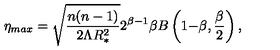
\eta _ { m a x } = \sqrt { \frac { n ( n - 1 ) } { 2 \Lambda R _ { * } ^ { 2 } } } 2 ^ { \beta { - } 1 } \beta B \left( 1 { - } \beta , { \frac { \beta } { 2 } } \right) ,